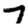
Digit: 7